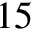
1 5